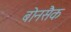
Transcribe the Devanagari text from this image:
बोनसैक